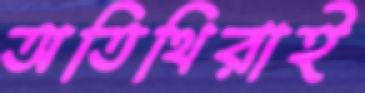
অতিথিরাই